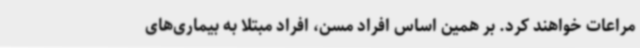
مراعات خواهند کرد. بر همین اساس افراد مسن، افراد مبتلا به بیماری‌های